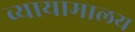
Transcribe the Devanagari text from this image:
व्यायामालय